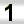
Digit: 1